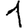
Digit: 1